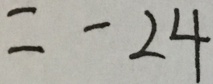
= - 2 4